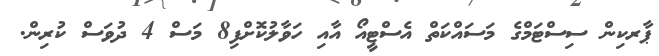
ޕާރކިން ސިސްޓަމްގެ މަސައްކަތް އެސްޓީއޯ އާއި ހަވާލުކޮށްފި8 މަސް 4 ދުވަސް ކުރިން.